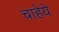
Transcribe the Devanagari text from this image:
चाहेये